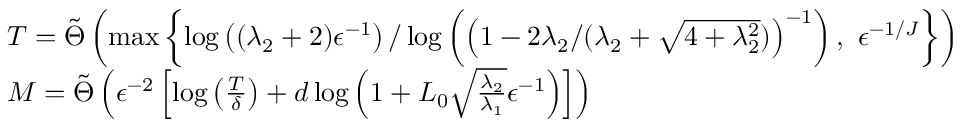
\begin{array} { r l } & { T = \Tilde { \Theta } \left( \operatorname* { m a x } \left\{ \log \left( ( \lambda _ { 2 } + 2 ) \epsilon ^ { - 1 } \right) / \log \left( \left( 1 - 2 \lambda _ { 2 } / ( \lambda _ { 2 } + \sqrt { 4 + \lambda _ { 2 } ^ { 2 } } ) \right) ^ { - 1 } \right) , \, \, \epsilon ^ { - 1 / J } \right\} \right) } \\ & { M = \Tilde { \Theta } \left( \epsilon ^ { - 2 } \left[ \log \left( \frac { T } { { \delta } } \right) + d \log \left( 1 + L _ { 0 } \sqrt { \frac { \lambda _ { 2 } } { \lambda _ { 1 } } } \epsilon ^ { - 1 } \right) \right] \right) } \end{array}